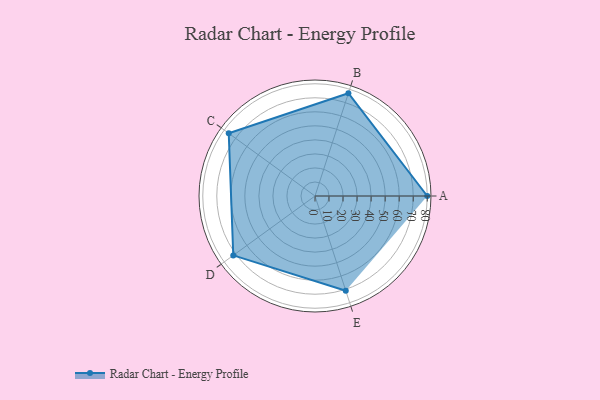
{"axis": {"x": "Skill", "y": "Score"}, "legend": ["Profile"], "data": [{"x": "A", "y": 80.0, "type": "Profile"}, {"x": "B", "y": 77.0, "type": "Profile"}, {"x": "C", "y": 76.0, "type": "Profile"}, {"x": "D", "y": 72.0, "type": "Profile"}, {"x": "E", "y": 71.0, "type": "Profile"}]}